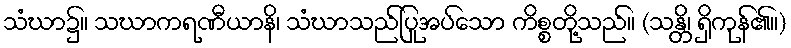
သံဃာ၌။ သဃာကရဏီယာနိ၊ သံဃာသည်ပြုအပ်သော ကိစ္စတို့သည်။ (သန္တိ၊ ရှိကုန်၏။)